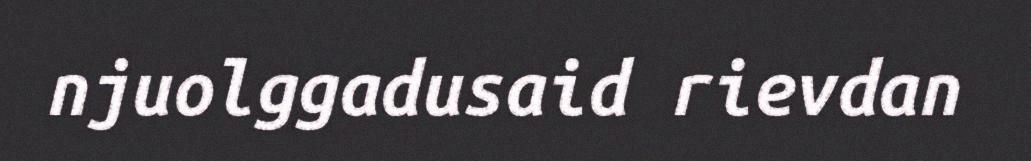
njuolggadusaid rievdan